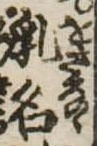
乳名